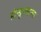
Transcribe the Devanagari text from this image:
होन्डुरासला